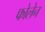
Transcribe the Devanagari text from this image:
फोलेन